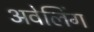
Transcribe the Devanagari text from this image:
अवेलिंग